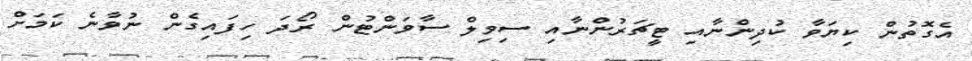
އެގޮތުން ކިޔަވާ ކުދިންނާއި ޓީޗަރުންނާއި ސިވިލް ސާވަންޓުން ރޯދަ ހިފައިގެން ނުވާނެ ކަމަށް